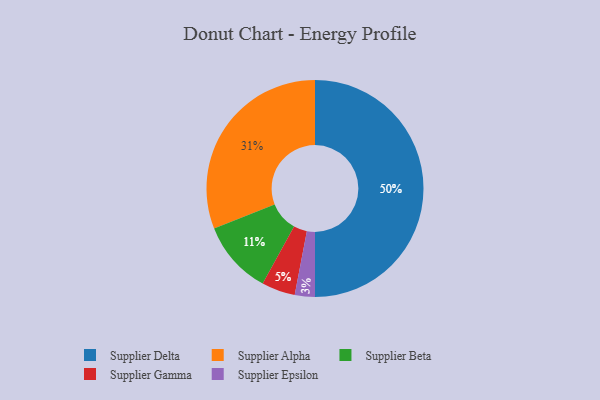
{"axis": {"x": "Category", "y": "Percentage"}, "legend": ["Supplier Alpha", "Supplier Beta", "Supplier Delta", "Supplier Epsilon", "Supplier Gamma"], "data": [{"x": "Supplier Alpha", "y": 31, "type": "Supplier Alpha"}, {"x": "Supplier Beta", "y": 11, "type": "Supplier Beta"}, {"x": "Supplier Delta", "y": 50, "type": "Supplier Delta"}, {"x": "Supplier Epsilon", "y": 3, "type": "Supplier Epsilon"}, {"x": "Supplier Gamma", "y": 5, "type": "Supplier Gamma"}]}